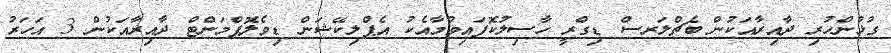
ގުޅުންހުރި ދާއިރާއަކުން ބެޗްލަރސް ޑިގްރީ ހާސިލުކޮފައިވުމާއެކު އެޕްލިކޭޝަން ޑިވެލޮޕްމަންޓް ދާއިރާއަކުން 3 އަހަރު